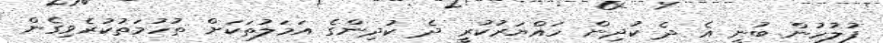
ފުލުހުން ބުނީ އެ ދެ ކުދިން ހައްޔަރުކުރީ ދެ ކުދިންގެ އަމަލުތަކަށް ތުހުމަތުކުރެވިގެން